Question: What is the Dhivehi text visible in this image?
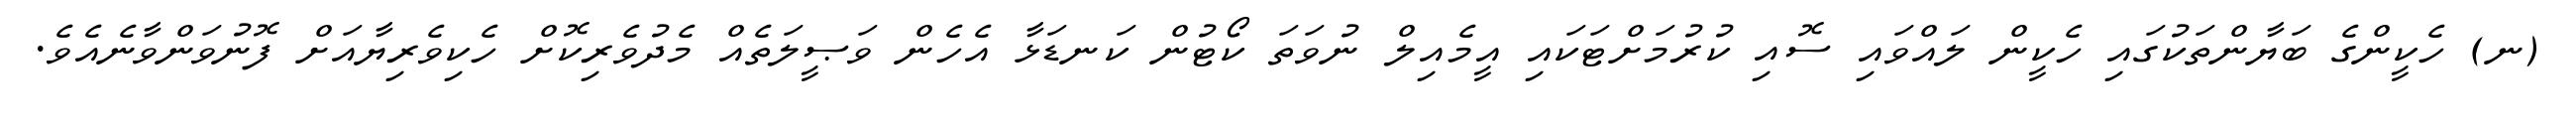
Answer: (ނ) ހެކީންގެ ބަޔާންތަކުގައި ހެކީން ލައްވައި ސޮއި ކުރުމަށްޓަކައި އީމެއިލް ނުވަތަ ކޯޓުން ކަނޑަޅާ އެހެން ވަޞީލަތެއް މެދުވެރިކޮށް ހެކިވެރިޔާއަށް ފޮނުވަންވާނެއެވެ.